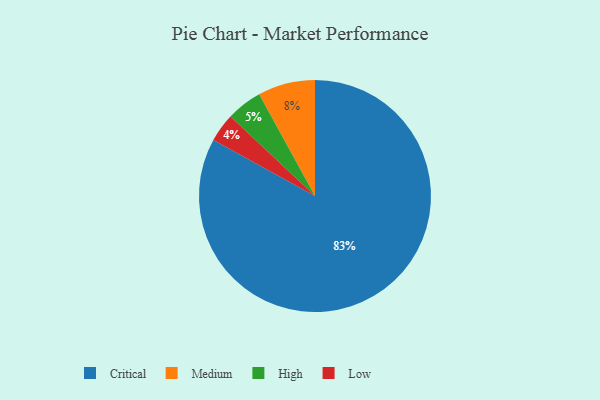
{"axis": {"x": "Category", "y": "Percentage"}, "legend": ["Critical", "High", "Low", "Medium"], "data": [{"x": "Medium", "y": 8, "type": "Medium"}, {"x": "Critical", "y": 83, "type": "Critical"}, {"x": "High", "y": 5, "type": "High"}, {"x": "Low", "y": 4, "type": "Low"}]}